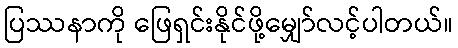
ပြဿနာကို ဖြေရှင်းနိုင်ဖို့မျှော်လင့်ပါတယ်။